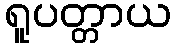
ရူပတ္တာယ